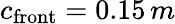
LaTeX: c_{\mathrm{front}}=0.15\, m